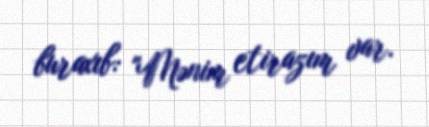
buraxıb: "Mənim etirazım var.